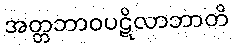
အတ္တဘာဝပဋိလာဘာတိ